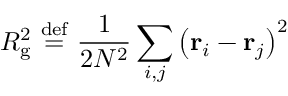
R _ { \mathrm { g } } ^ { 2 } \ { \stackrel { \mathrm { d e f } } { = } } \ { \frac { 1 } { 2 N ^ { 2 } } } \sum _ { i , j } \left( \mathbf { r } _ { i } - \mathbf { r } _ { j } \right) ^ { 2 }